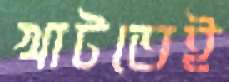
খাটতেই